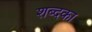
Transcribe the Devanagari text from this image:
शब्दका